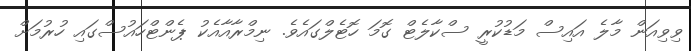
ވިވިއަން މާލެ އައިސް މަޑުކުރީ ސްކާލެޓް ގޮމަ ހޮޓެލްގައެވެ. ނިމްރާއާއެކު ޕެންޓްހައުސްގައި ހުރުމަށް